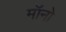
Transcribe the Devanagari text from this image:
मॉनो